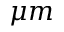
\mu m